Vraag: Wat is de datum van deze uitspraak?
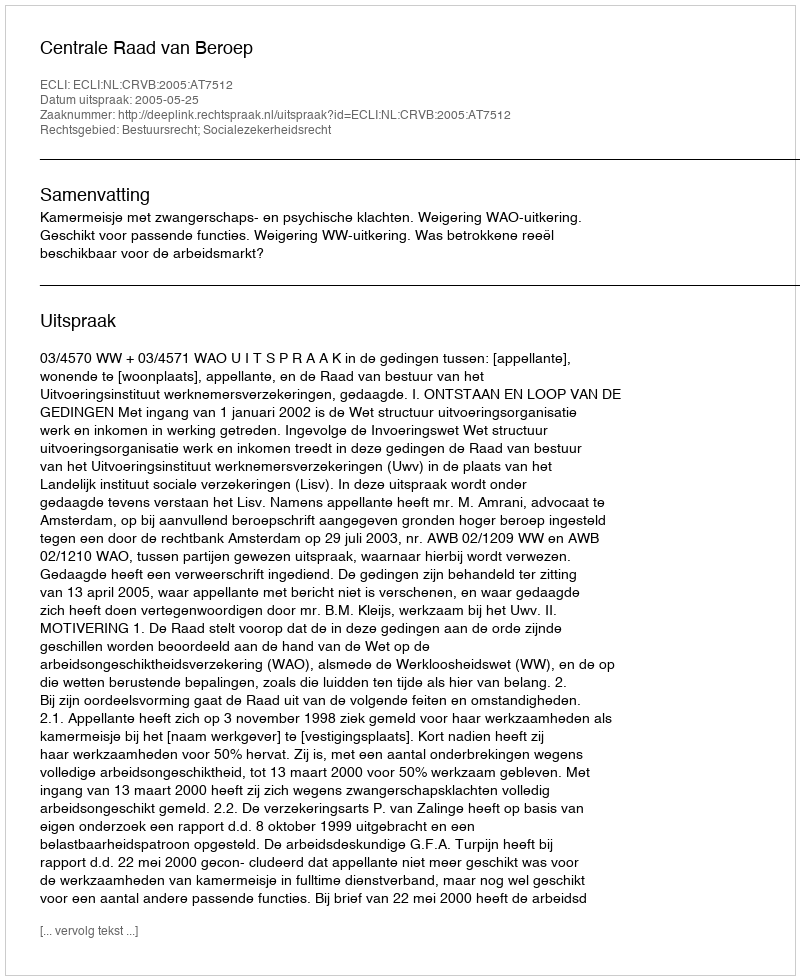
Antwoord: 2005-05-25